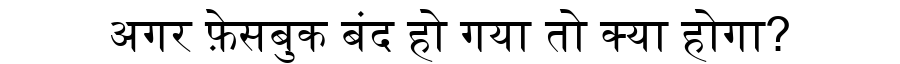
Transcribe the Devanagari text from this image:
अगर फ़ेसबुक बंद हो गया तो क्या होगा?